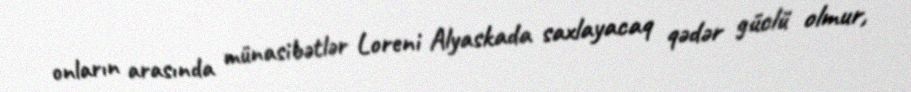
onların arasında münasibətlər Loreni Alyaskada saxlayacaq qədər güclü olmur,